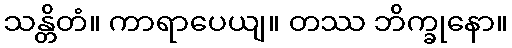
သန္တိတံ။ ကာရာပေယျ။ တဿ ဘိက္ခုနော။